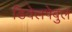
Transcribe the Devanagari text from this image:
डिवेलपेबुल